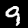
Label: 9